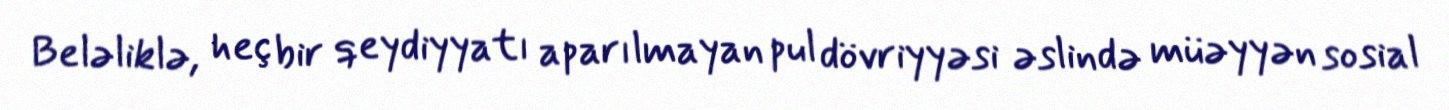
Beləliklə, heç bir qeydiyyatı aparılmayan pul dövriyyəsi əslində müəyyən sosial